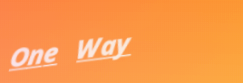
One Way